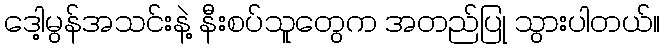
ဒေါ့မွန်အသင်းနဲ့ နီးစပ်သူတွေက အတည်ပြု သွားပါတယ်။